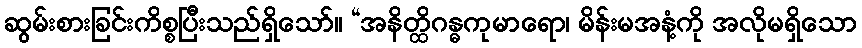
ဆွမ်းစားခြင်းကိစ္စပြီးသည်ရှိသော်။ “အနိတ္ထိဂန္ဓကုမာရော၊ မိန်းမအနံ့ကို အလိုမရှိသော